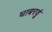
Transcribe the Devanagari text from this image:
घाबरवूं